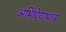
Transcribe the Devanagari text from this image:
अभिधेयाभाव